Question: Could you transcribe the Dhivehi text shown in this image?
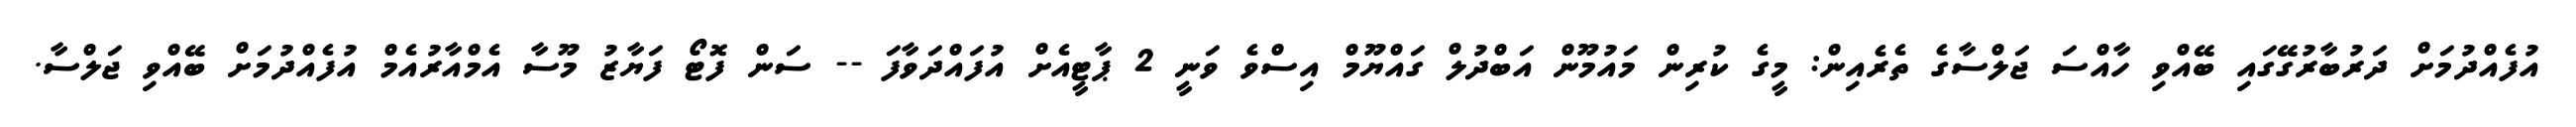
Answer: އުފެއްދުމަށް ދަރުބާރުގޭގައި ބޭއްވި ހާއްސަ ޖަލްސާގެ ތެރެއިން: މީގެ ކުރިން މައުމޫން އަބްދުލް ގައްޔޫމް އިސްވެ ވަނީ 2 ޕާޓީއެށް އުފައްދަވާފަ -- ސަން ފޮޓޯ ފަޔާޒު މޫސާ އެމްއާރުއެމް އުފެއްދުމަށް ބޭއްވި ޖަލްސާ.